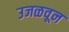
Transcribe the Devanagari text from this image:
उजळवून